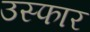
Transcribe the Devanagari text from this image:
उस्फार